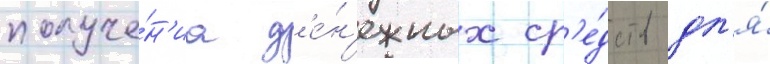
получе́н'иа д'е́н'ежных ср'е́дств дл'я́